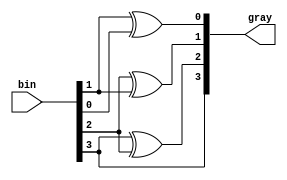
`timescale 1ns / 1ps
//////////////////////////////////////////////////////////////////////////////////
// Company: 
// 
// Design Name: Binary to Gray Converter Structrual
// Module Name: Bin_to_Gray_Converter_Structural
// Project Name: 
// Target Devices: 
// Tool Versions: Vivaod 2021.2
// Description: 
// 
// Dependencies: 
// 
// Revision:
// Revision 0.01 - File Created
// Additional Comments:
// 
//////////////////////////////////////////////////////////////////////////////////


module Bin_to_Gray_Converter_Structural#(parameter size = 4)(
    gray,
    bin
    );
    
    output [size-1:0]gray;
    input [size-1:0]bin;
    
    genvar i;
    for(i=0; i<size; i=i+1)
    begin
        if(i<size-1)
            xor(gray[i], bin[i+1], bin[i]);
        
        else
            buf(gray[i], bin[i]); 
    end
endmodule